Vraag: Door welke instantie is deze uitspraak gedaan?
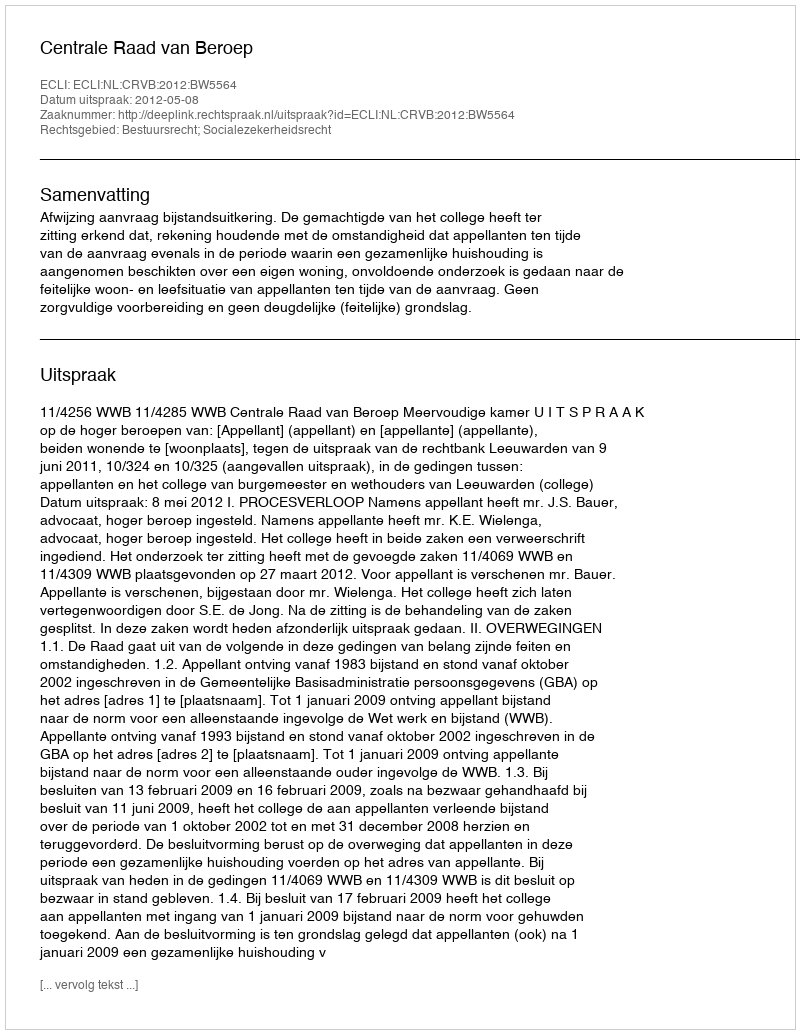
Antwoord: Centrale Raad van Beroep